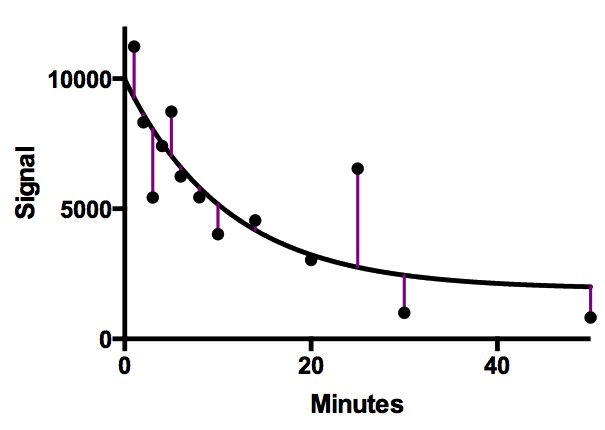
graphpad, show residuals